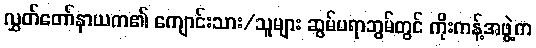
လွှတ်တော်နာယက၏ ကျောင်းသား/သူများ ဆွမ်ပရာဘွမ်တွင် ကိုးကန့်အဖွဲ့က